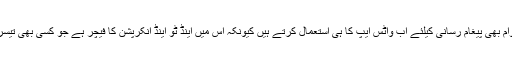
واضح رہے کہ صحافتی اور سیاسی حلقوں سمیت عوام بھی پیغام رسانی کیلئے اب واٹس ایپ کا ہی استعمال کرتے ہیں کیونکہ اس میں اینڈ ٹو اینڈ انکرپشن کا فیچر ہے جو کسی بھی تیسرے شخص کی مداخلت کو تقریباً ناممکن بنا دیتا ہے۔